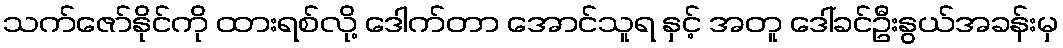
သက်ဇော်နိုင်ကို ထားရစ်လို့ ဒေါက်တာ အောင်သူရ နှင့် အတူ ဒေါ်ခင်ဦးနွယ်အခန်းမှ